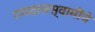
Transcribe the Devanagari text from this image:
रामदासस्वामींचे